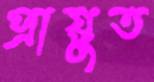
প্রায়ুত